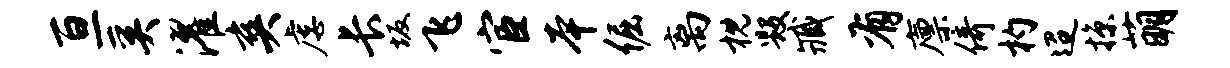
亘奚濯爽虐长坂飞宦本倔离枕毁臧有廪倚杓迢掠萌